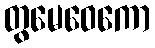
တွမေဝေကော